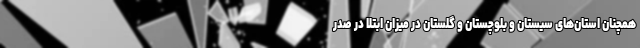
همچنان استان‌های سیستان و بلوچستان و گلستان در میزان ابتلا در صدر